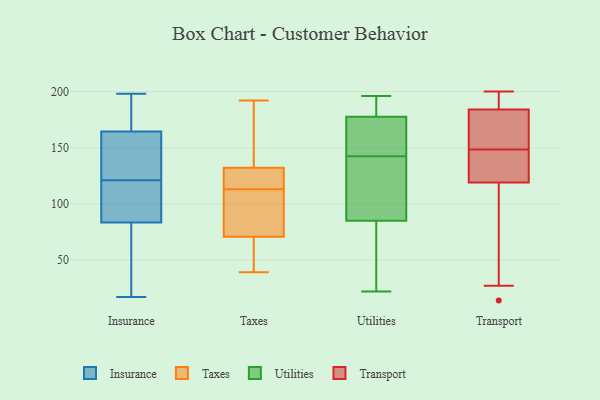
{"axis": {"x": "Market Share (%)", "y": "Value"}, "legend": ["Insurance", "Taxes", "Transport", "Utilities"], "data": [{"x": "", "y": 198, "type": "Insurance"}, {"x": "", "y": 121, "type": "Insurance"}, {"x": "", "y": 17, "type": "Insurance"}, {"x": "", "y": 145, "type": "Insurance"}, {"x": "", "y": 163, "type": "Insurance"}, {"x": "", "y": 196, "type": "Insurance"}, {"x": "", "y": 165, "type": "Insurance"}, {"x": "", "y": 48, "type": "Insurance"}, {"x": "", "y": 188, "type": "Insurance"}, {"x": "", "y": 80, "type": "Insurance"}, {"x": "", "y": 116, "type": "Insurance"}, {"x": "", "y": 100, "type": "Insurance"}, {"x": "", "y": 57, "type": "Insurance"}, {"x": "", "y": 146, "type": "Insurance"}, {"x": "", "y": 94, "type": "Insurance"}, {"x": "", "y": 113, "type": "Taxes"}, {"x": "", "y": 192, "type": "Taxes"}, {"x": "", "y": 39, "type": "Taxes"}, {"x": "", "y": 129, "type": "Taxes"}, {"x": "", "y": 142, "type": "Taxes"}, {"x": "", "y": 73, "type": "Taxes"}, {"x": "", "y": 126, "type": "Taxes"}, {"x": "", "y": 123, "type": "Taxes"}, {"x": "", "y": 49, "type": "Taxes"}, {"x": "", "y": 64, "type": "Taxes"}, {"x": "", "y": 98, "type": "Taxes"}, {"x": "", "y": 153, "type": "Taxes"}, {"x": "", "y": 78, "type": "Taxes"}, {"x": "", "y": 84, "type": "Utilities"}, {"x": "", "y": 95, "type": "Utilities"}, {"x": "", "y": 31, "type": "Utilities"}, {"x": "", "y": 183, "type": "Utilities"}, {"x": "", "y": 22, "type": "Utilities"}, {"x": "", "y": 95, "type": "Utilities"}, {"x": "", "y": 189, "type": "Utilities"}, {"x": "", "y": 169, "type": "Utilities"}, {"x": "", "y": 186, "type": "Utilities"}, {"x": "", "y": 196, "type": "Utilities"}, {"x": "", "y": 152, "type": "Utilities"}, {"x": "", "y": 172, "type": "Utilities"}, {"x": "", "y": 86, "type": "Utilities"}, {"x": "", "y": 63, "type": "Utilities"}, {"x": "", "y": 154, "type": "Utilities"}, {"x": "", "y": 133, "type": "Utilities"}, {"x": "", "y": 200, "type": "Transport"}, {"x": "", "y": 27, "type": "Transport"}, {"x": "", "y": 70, "type": "Transport"}, {"x": "", "y": 186, "type": "Transport"}, {"x": "", "y": 124, "type": "Transport"}, {"x": "", "y": 151, "type": "Transport"}, {"x": "", "y": 165, "type": "Transport"}, {"x": "", "y": 197, "type": "Transport"}, {"x": "", "y": 174, "type": "Transport"}, {"x": "", "y": 183, "type": "Transport"}, {"x": "", "y": 114, "type": "Transport"}, {"x": "", "y": 146, "type": "Transport"}, {"x": "", "y": 133, "type": "Transport"}, {"x": "", "y": 99, "type": "Transport"}, {"x": "", "y": 156, "type": "Transport"}, {"x": "", "y": 142, "type": "Transport"}, {"x": "", "y": 132, "type": "Transport"}, {"x": "", "y": 186, "type": "Transport"}, {"x": "", "y": 14, "type": "Transport"}, {"x": "", "y": 185, "type": "Transport"}]}